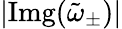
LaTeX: |\textrm{Img}(\tilde{\omega}_{\pm})|